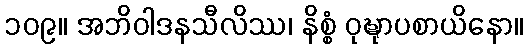
၁၀၉။ အဘိဝါဒနသီလိဿ၊ နိစ္စံ ဝုဍ္ဎုာပစာယိနော။